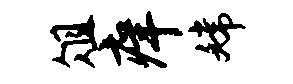
俎痒嫦